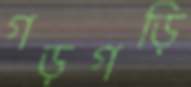
গড়গড়ি